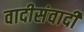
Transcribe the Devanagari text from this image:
वादीसंवादी